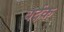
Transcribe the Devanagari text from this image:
वर्दक